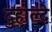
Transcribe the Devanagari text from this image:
दुहाल्दे